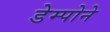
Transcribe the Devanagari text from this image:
डेम्पोने